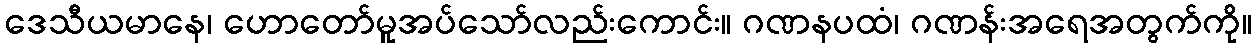
ဒေသီယမာနေ၊ ဟောတော်မူအပ်သော်လည်းကောင်း။ ဂဏနပထံ၊ ဂဏန်းအရေအတွက်ကို။